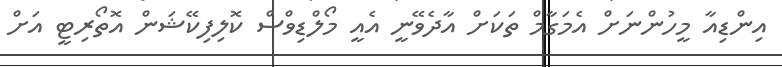
އިންޑިއާ މީހުންނަށް އެމަގާމް ތަަކަށް އާދެވޭނީ އެއީ މޯލްޑިވްސް ކޮލިފިކޭޝަން އޮތޯރިޓީ އަށް